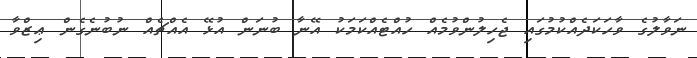
ނަވާލުގެ ވާހަކަދެއްކުމުގައި ޖެހިލުންވުމެއް ހުއްޓެއްކަމަކު އޭނާ ބުނަން އުޅޭ އެއްޗެއް ނުބުނެގެން ޢިޒްވާ